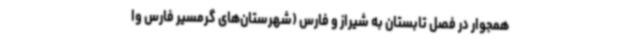
همجوار در فصل تابستان به شیراز و فارس (شهرستان‌های گرمسیر فارس وا